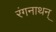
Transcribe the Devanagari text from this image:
रंगनाथन्‌